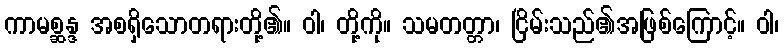
ကာမစ္ဆန္ဒ အစရှိသောတရားတို့၏။ ဝါ၊ တို့ကို။ သမတတ္တာ၊ ငြိမ်းသည်၏အဖြစ်ကြောင့်။ ဝါ၊